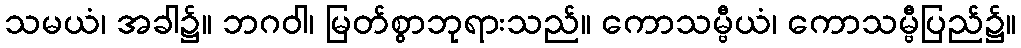
သမယံ၊ အခါ၌။ ဘဂဝါ၊ မြတ်စွာဘုရားသည်။ ကောသမ္ဗီယံ၊ ကောသမ္ဗီပြည်၌။